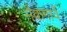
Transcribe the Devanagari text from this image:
मैकगार्वे